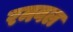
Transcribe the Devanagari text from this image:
रमवल